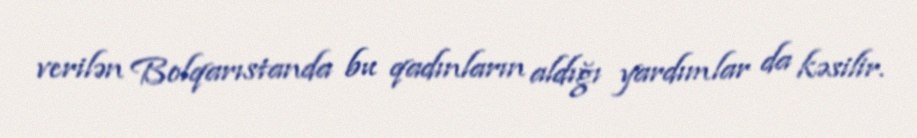
verilən Bolqarıstanda bu qadınların aldığı yardımlar da kəsilir.